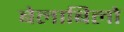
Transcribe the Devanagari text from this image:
बेलाबिलो